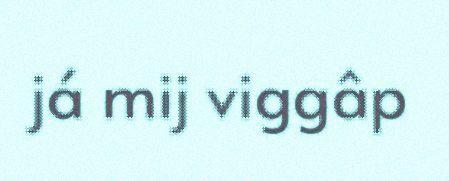
já mij viggâp